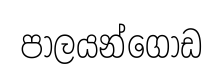
පාලයන්ගොඩ